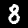
Label: 8